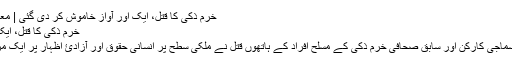
خرم ذکی کا قتل، ایک اور آواز خاموش کر دی گئی | معاشرہ | DW | 09.05.2016
خرم ذکی کا قتل، ایک اور آواز خاموش کر دی گئی
پاکستان کے شہر کراچی میں سماجی کارکن اور سابق صحافی خرم ذکی کے مسلح افراد کے ہاتھوں قتل نے ملکی سطح پر انسانی حقوق اور آزادئ اظہار پر ایک مرتبہ پھر سوالات اٹھا دیے ہیں۔